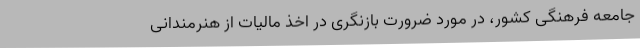
جامعه فرهنگی کشور، در مورد ضرورت بازنگری در اخذ مالیات از هنرمندانی